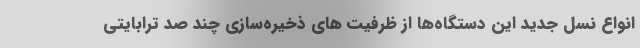
انواع نسل جدید این دستگاه‌ها از ظرفیت های ذخیره‌سازی چند صد ترابایتی